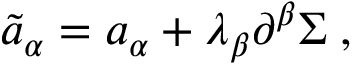
{ \tilde { a } } _ { \alpha } = a _ { \alpha } + \lambda _ { \beta } \partial ^ { \beta } \Sigma \; ,